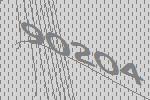
90204